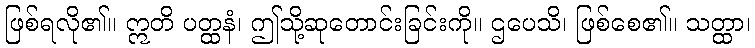
ဖြစ်ရလို၏။ ဣတိ ပတ္ထနံ၊ ဤသို့ဆုတောင်းခြင်းကို။ ဌပေသိ၊ ဖြစ်စေ၏။ သတ္ထာ၊